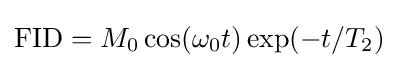
{\text{FID}}=M_{\mathrm {0} }\cos(\omega _{\mathrm {0} }t)\exp(-t/T_{\mathrm {2} })